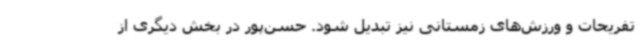
تفریحات و ورزش‌های زمستانی نیز تبدیل شود. حسن‌پور در بخش دیگری از